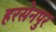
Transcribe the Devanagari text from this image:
हरसेनपुर